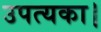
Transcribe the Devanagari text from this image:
उपत्यका।